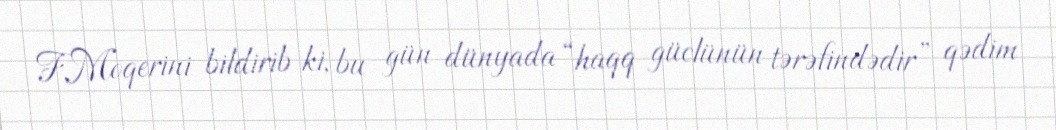
F.Moqerini bildirib ki, bu gün dünyada “haqq güclünün tərəfindədir” qədim